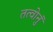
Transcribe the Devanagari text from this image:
तत्वोनुं